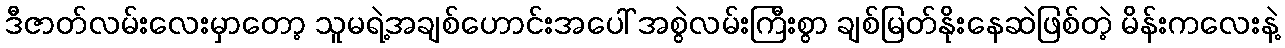
ဒီဇာတ်လမ်းလေးမှာတော့ သူမရဲ့အချစ်ဟောင်းအပေါ် အစွဲလမ်းကြီးစွာ ချစ်မြတ်နိုးနေဆဲဖြစ်တဲ့ မိန်းကလေးနဲ့